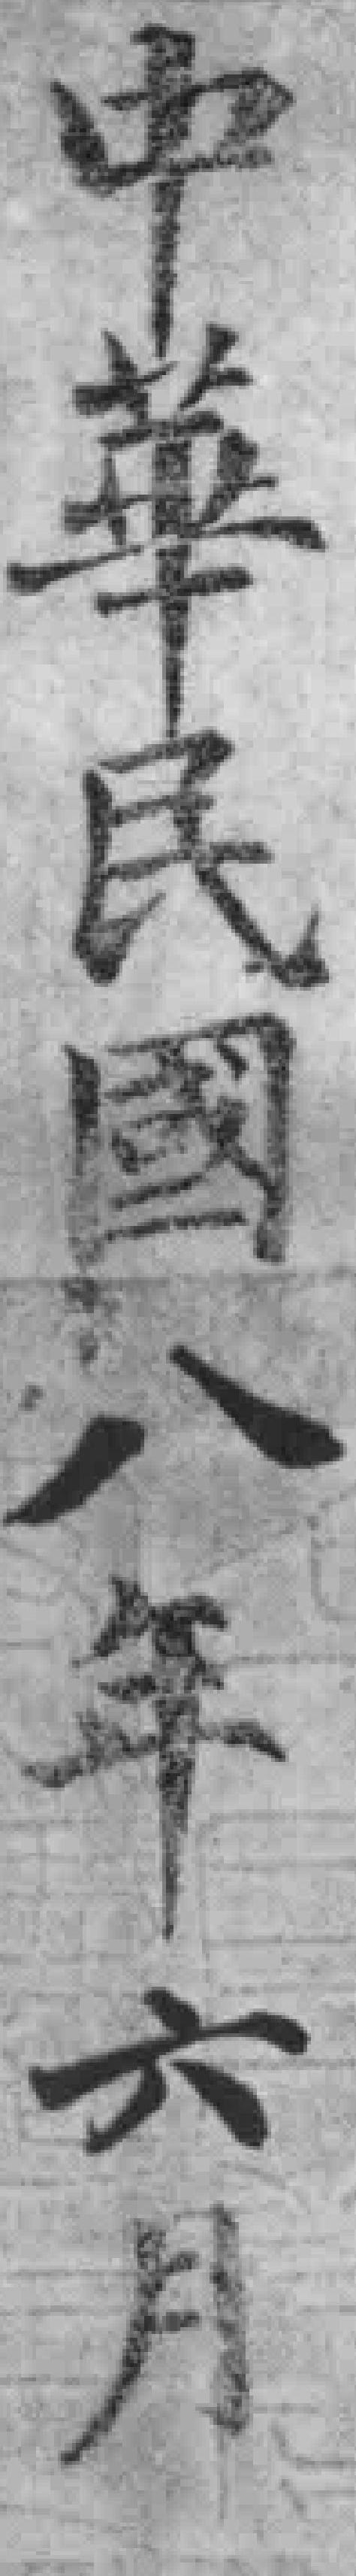
中華民國八年六月